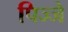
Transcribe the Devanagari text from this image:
पिज्जे